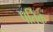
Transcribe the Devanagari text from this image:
पर्तिक